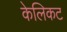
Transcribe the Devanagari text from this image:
केलिकट